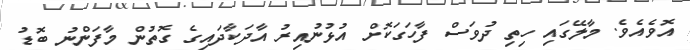
އޮވެއެވެ. މާލޭގައި ހިތި ދުވަސް ފާހަގަކޮށް އުޅުނުއިރު އާދަކާދައިގެ ގޮތުން މާފަންނު ބޮޑު